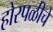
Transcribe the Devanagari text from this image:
होरपळीचे